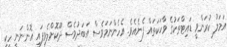
އަމަލު ކުރަންވީ ޑައިޓްތަކުގެ ވާހަކަތައް ފެނެއެވެ. އެހެންނަމަވެސް އަބަދުވެސް ދޫކޮށްލެވިފައި އޮންނަނީ ހިކި